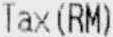
TAX(RM)